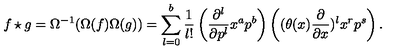
f \star g = \Omega ^ { - 1 } ( \Omega ( f ) \Omega ( g ) ) = \sum _ { l = 0 } ^ { b } \frac { 1 } { l ! } \left( \frac { \partial ^ { l } } { \partial p ^ { l } } x ^ { a } p ^ { b } \right) \left( ( \theta ( x ) \frac { \partial } { \partial x } ) ^ { l } x ^ { r } p ^ { s } \right) .